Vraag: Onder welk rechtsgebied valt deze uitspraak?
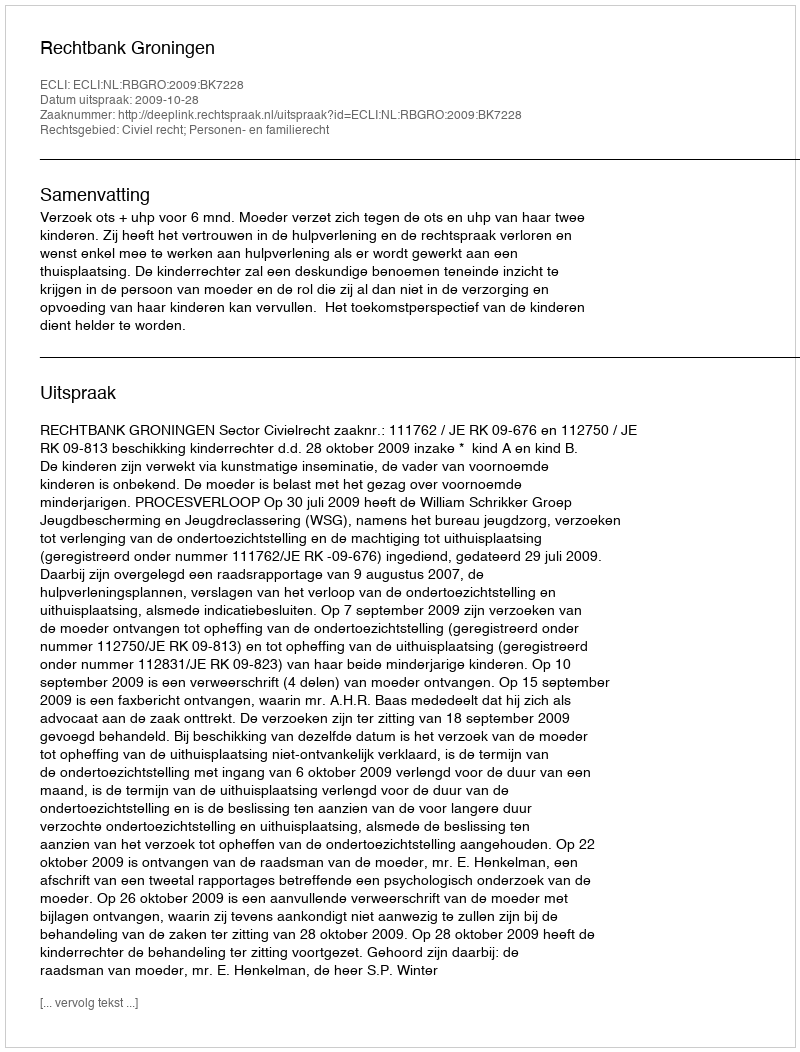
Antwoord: Civiel recht; Personen- en familierecht